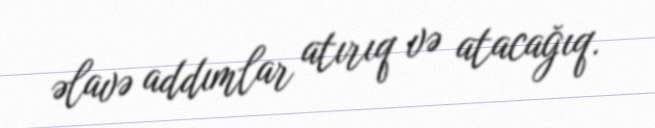
əlavə addımlar atırıq və atacağıq.